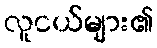
လူငယ်များ၏